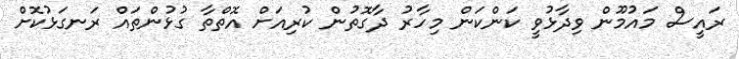
ރައީސް މައުމޫން ވިދާޅުވީ ކަންކަން މިހާރު ދާގޮތުން ކުރިއަށް އޮތްތާ ގުޅުންތައް ރަނގަޅުކޮށް